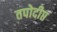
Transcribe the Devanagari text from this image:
तपोदीप्त